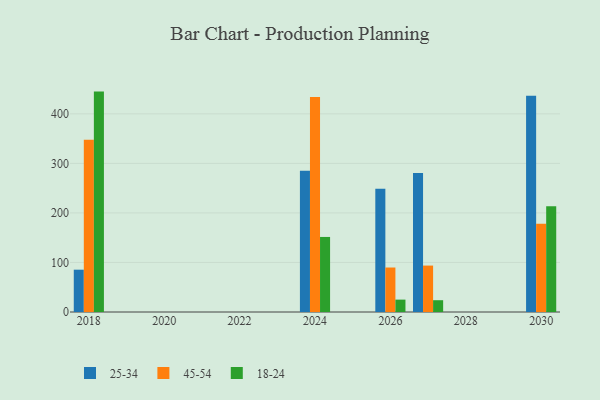
{"axis": {"x": "Year", "y": "Revenue (USD Million)"}, "legend": ["18-24", "25-34", "45-54"], "data": [{"x": "2024", "y": 285.3, "type": "25-34"}, {"x": "2024", "y": 433.9, "type": "45-54"}, {"x": "2024", "y": 151.5, "type": "18-24"}, {"x": "2018", "y": 85.4, "type": "25-34"}, {"x": "2018", "y": 347.9, "type": "45-54"}, {"x": "2018", "y": 444.9, "type": "18-24"}, {"x": "2026", "y": 248.6, "type": "25-34"}, {"x": "2026", "y": 89.8, "type": "45-54"}, {"x": "2026", "y": 25.0, "type": "18-24"}, {"x": "2030", "y": 436.5, "type": "25-34"}, {"x": "2030", "y": 178.0, "type": "45-54"}, {"x": "2030", "y": 213.3, "type": "18-24"}, {"x": "2027", "y": 280.8, "type": "25-34"}, {"x": "2027", "y": 93.7, "type": "45-54"}, {"x": "2027", "y": 23.8, "type": "18-24"}]}